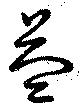
益